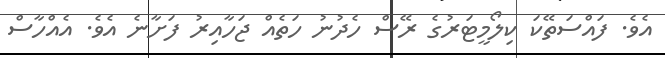
އެވެ. ފައްސަތޭކަ ކިލޯމީޓަރުގެ ރޭސް ހެދުނު ހަތެއް ޖަހާއިރު ފަށާނެ އެވެ. އެއްހާސް